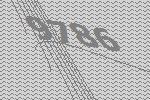
9786